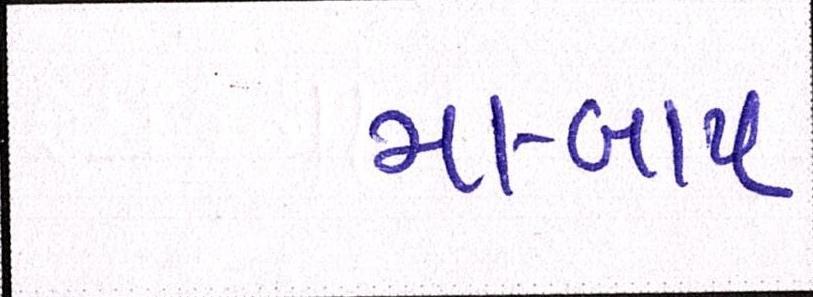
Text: મા-બાપ